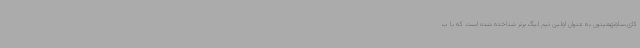
کای،ساوتهمپتون به عنوان اولین تیم لیگ برتر شناخته شده است که با ب